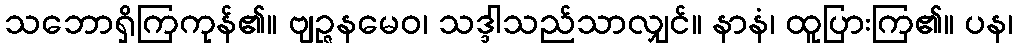
သဘောရှိကြကုန်၏။ ဗျဉ္ဇနမေဝ၊ သဒ္ဒါသည်သာလျှင်။ နာနံ၊ ထူပြားကြ၏။ ပန၊